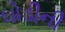
ઘોડીની